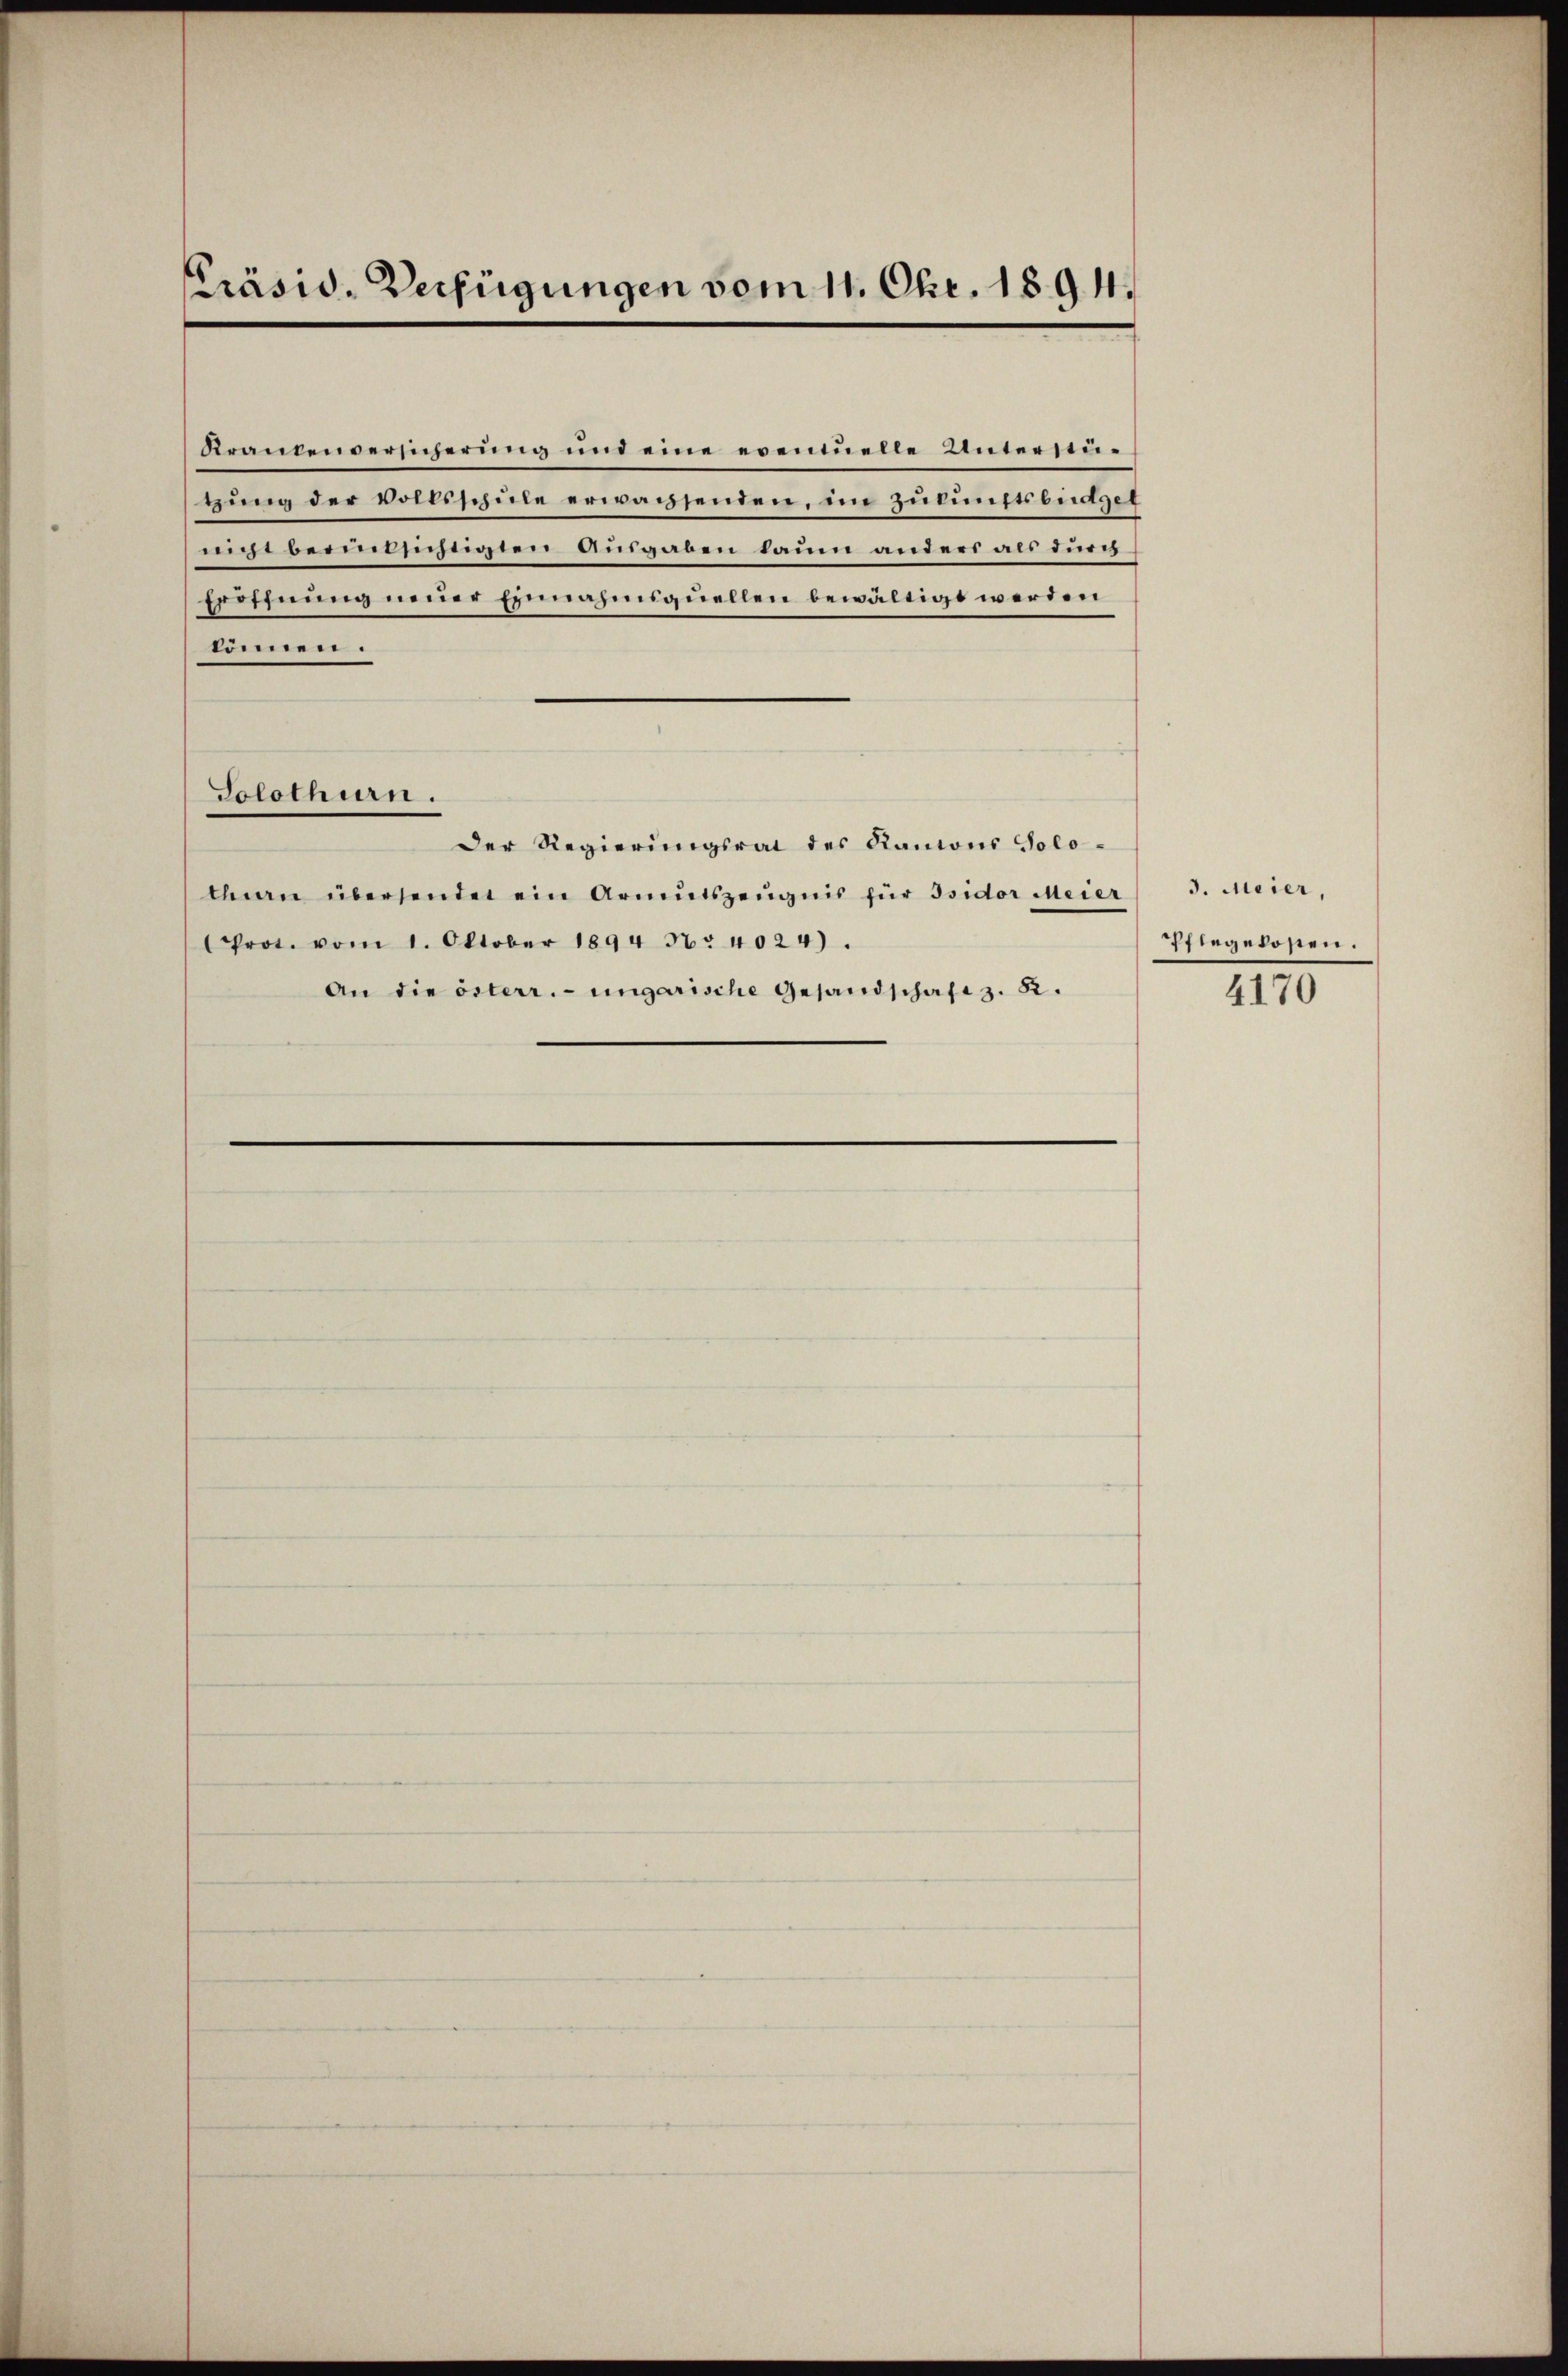
Präsid. Verfügungen vom 11. Okt. 1894.

Krankenversicherŭng und eine eventuelle Unterstü-
gung der vollsschule erwachsenden, in Zukunftsbüdget
nicht beeintsichtigten Ausgaben kaum anders als durch
Eröffnung neuer Einnahmiquellen bewältigt werden
können.
Solothurn.
Der Regierungsrat des Kantons Solothan übersendet ein Armutszeŭgnis für Isidor Meier
Prot. vom 1. Oktober 1894 N. 4024).
An die österr.-ungarische Gesandschaft z. B.

J. Meier,
Pflegelosen.

4170